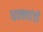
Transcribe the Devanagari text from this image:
धक्क्यांची